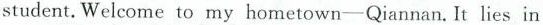
student.Welcome to my hometown-Qiannan.It lies in